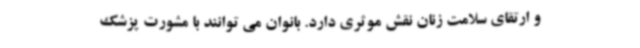
و ارتقای سلامت زنان نقش موثری دارد. بانوان می توانند با مشورت پزشک